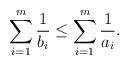
LaTeX: \begin{align*}\sum_{i=1}^m \frac{1}{b_i} \leq \sum_{i=1}^m \frac{1}{a_i}.\end{align*}